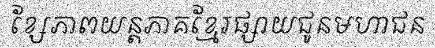
ខ្សែភាពយន្តភាគខ្មែរផ្សាយជូនមហាជន